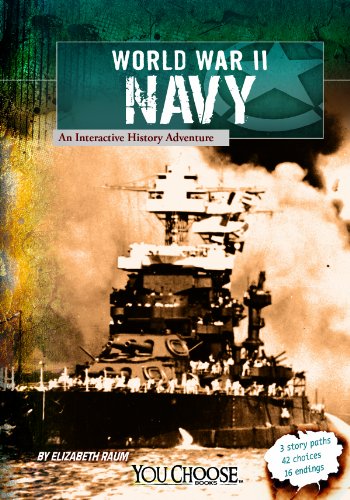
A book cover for World War II Naval Forces: An Interactive History Adventure (You Choose: World War II); Elizabeth Raum; Children's Books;